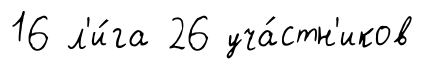
16 л'и́га 26 уча́стн'иков